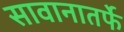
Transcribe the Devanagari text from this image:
सावानातर्फे